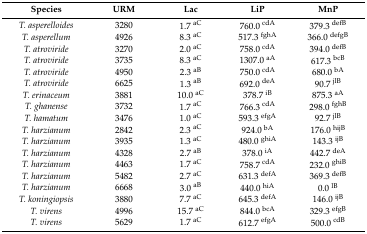
<table><thead><tr><td><b>Species</b></td><td><b>URM</b></td><td><b>Lac</b></td><td><b>LiP</b></td><td><b>MnP</b></td></tr></thead><tbody><tr><td><i>T. asperelloides</i></td><td>3280</td><td>1.7 <sup>aC</sup></td><td>760.0 <sup>cdA</sup></td><td>379.3 <sup>defB</sup></td></tr><tr><td><i>T. asperellum</i></td><td>4926</td><td>8.3 <sup>aC</sup></td><td>517.3 <sup>fghA</sup></td><td>366.0 <sup>defgB</sup></td></tr><tr><td><i>T. atroviride</i></td><td>3270</td><td>2.0 <sup>aC</sup></td><td>758.0 <sup>cdA</sup></td><td>394.0 <sup>defB</sup></td></tr><tr><td><i>T. atroviride</i></td><td>3735</td><td>8.3 <sup>aC</sup></td><td>1307.0 <sup>aA</sup></td><td>617.3 <sup>bcB</sup></td></tr><tr><td><i>T. atroviride</i></td><td>4950</td><td>2.3 <sup>aB</sup></td><td>750.0 <sup>cdA</sup></td><td>680.0 <sup>bA</sup></td></tr><tr><td><i>T. atroviride</i></td><td>6625</td><td>1.3 <sup>aB</sup></td><td>692.0 <sup>deA</sup></td><td>90.7 <sup>jlB</sup></td></tr><tr><td><i>T. erinaceum</i></td><td>3881</td><td>10.0 <sup>aC</sup></td><td>378.7 <sup>iB</sup></td><td>875.3 <sup>aA</sup></td></tr><tr><td><i>T. ghanense</i></td><td>3732</td><td>1.7 <sup>aC</sup></td><td>766.3 <sup>cdA</sup></td><td>298.0 <sup>fghB</sup></td></tr><tr><td><i>T. hamatum</i></td><td>3476</td><td>1.0 <sup>aC</sup></td><td>593.3 <sup>efgA</sup></td><td>92.7 <sup>jlB</sup></td></tr><tr><td><i>T. harzianum</i></td><td>2842</td><td>2.3 <sup>aC</sup></td><td>924.0 <sup>bA</sup></td><td>176.0 <sup>hijB</sup></td></tr><tr><td><i>T. harzianum</i></td><td>3935</td><td>1.3 <sup>aC</sup></td><td>480.0 <sup>ghiA</sup></td><td>143.3 <sup>ijB</sup></td></tr><tr><td><i>T. harzianum</i></td><td>4328</td><td>2.7 <sup>aB</sup></td><td>378.0 <sup>iA</sup></td><td>442.7 <sup>deA</sup></td></tr><tr><td><i>T. harzianum</i></td><td>4463</td><td>1.7 <sup>aC</sup></td><td>758.7 <sup>cdA</sup></td><td>232.0 <sup>ghiB</sup></td></tr><tr><td><i>T. harzianum</i></td><td>5482</td><td>2.7 <sup>aC</sup></td><td>631.3 <sup>defA</sup></td><td>369.3 <sup>defB</sup></td></tr><tr><td><i>T. harzianum</i></td><td>6668</td><td>3.0 <sup>aB</sup></td><td>440.0 <sup>hiA</sup></td><td>0.0 <sup>lB</sup></td></tr><tr><td><i>T. koningiopsis</i></td><td>3880</td><td>7.7 <sup>aC</sup></td><td>645.3 <sup>defA</sup></td><td>146.0 <sup>ijB</sup></td></tr><tr><td><i>T. virens</i></td><td>4996</td><td>15.7 <sup>aC</sup></td><td>844.0 <sup>bcA</sup></td><td>329.3 <sup>efgB</sup></td></tr><tr><td><i>T. virens</i></td><td>5629</td><td>1.7 <sup>aC</sup></td><td>612.7 <sup>efgA</sup></td><td>500.0 <sup>cdB</sup></td></tr></tbody></table>